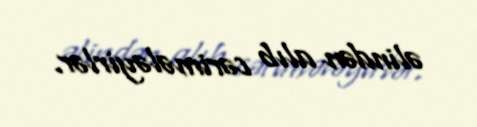
əlindən alıb cərimələyirlər.